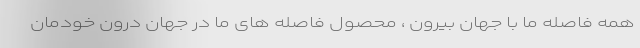
همه فاصله ما با جهان بیرون ، محصول فاصله های ما در جهان درون خودمان